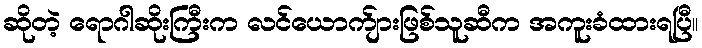
ဆိုတဲ့ ရောဂါဆိုးကြီးက လင်ယောက်ျားဖြစ်သူဆီက အကူးခံထားရပြီ။